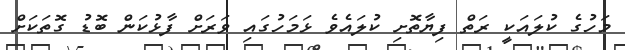
މަހުގެ ކުލައަކީ ރަތް ފިޔާތޮށި ކުލައެވެ ޅަމަހުގައި ވަރަށް ފާޅުކަން ބޮޑު ގޮތަކަށް